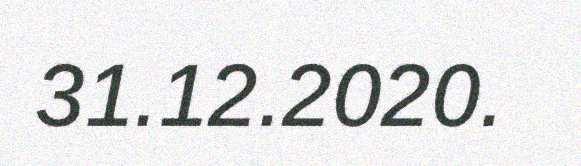
31.12.2020.